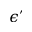
\epsilon ^ { \prime }